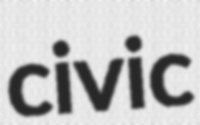
civic